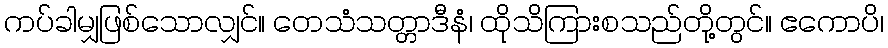
ကပ်ခါမျှဖြစ်သောလျှင်။ တေသံသတ္တာဒီနံ၊ ထိုသိကြားစသည်တို့တွင်။ ဧကောပိ၊